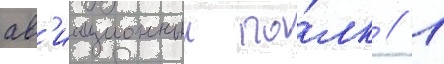
ав'иационныи по́лк // 1